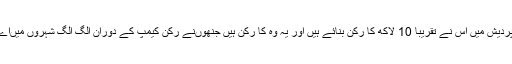
اے آئی ایم آئی ایم دعویٰ کرتی ہے کہ اترپردیش میں اس نے تقریباً 10 لاکھ کا رکن بنائے ہیں اور یہ وہ کا رکن ہیں جنھوںنے رکن کیمپ کے دوران الگ الگ شہروں میںاے آئی ایم آئی ایم کی رکنیت حاصل کی ہے۔